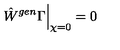
\hat { W } ^ { g e n } { \Gamma } \Big | _ { \chi = 0 } = 0